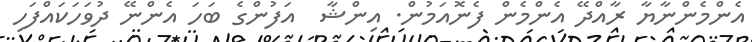
އެންމެންނާޔާ ރާއްދޭ އެންމެން ފެނޮއަމުން. އިންޝާ  އަފުންގެ ބަހަ އެންނޭ ދުވަހަކައްފަހި